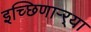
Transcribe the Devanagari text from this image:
इच्छिणाऱ्र्‍या